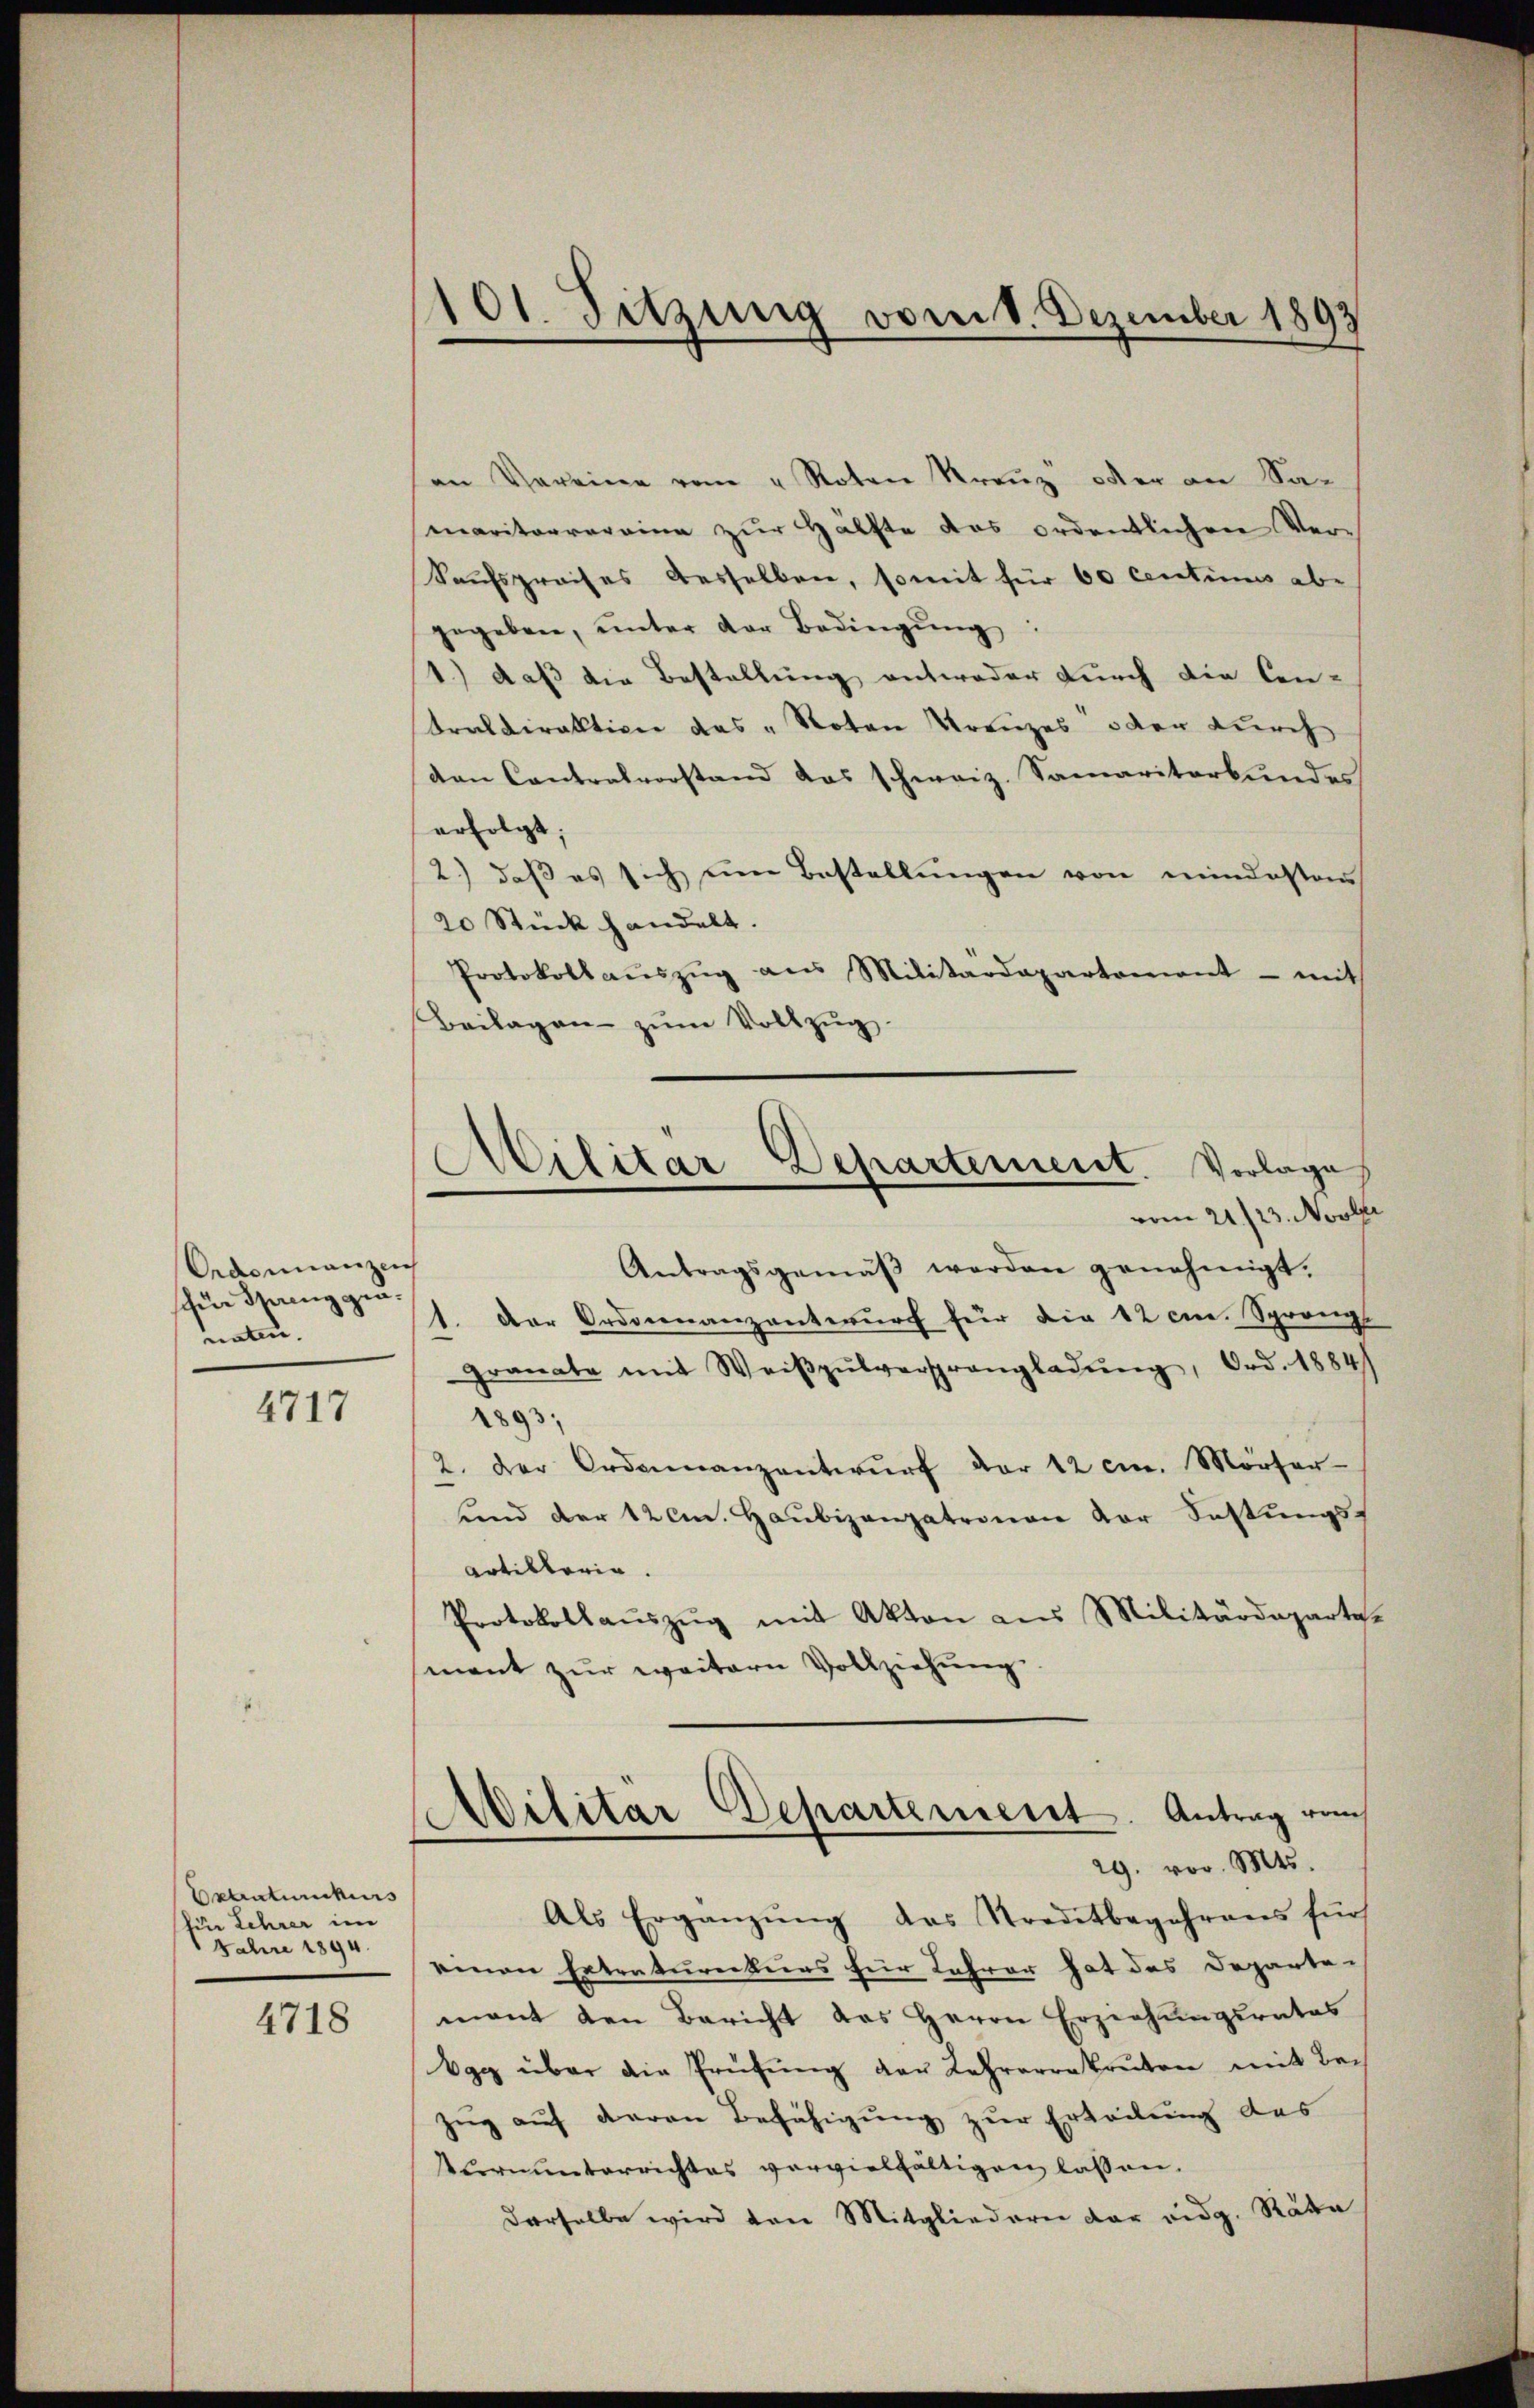
Ordonnanzen
für Spreng gen.
natur.

4717

Oetentums
fier Lehrer im
Jahre 1894.

4718

101. Sitzung vom 1. Dezember 1893

an Vereine vom 4. Noten Kreŭz oder an Samaritorrereine zŭr Hälfte das ordentlichen Ver-
Saufspreises desselben, somit für 60 centimes abe
gegeben, ŭnter der Bedingŭng:
1.) daß die Bestellung entweder durch die Cen-
traldirektion das „Noten Kreuzes oder durch
den Contralvorstand das schweiz. Samariterbundes
erfolgt;
2.) daβ es sich ŭm Bestellŭngen von mindesten
20 Stück handelt.
Protokollaŭszŭg aŭs Militärdepartement - mit
Beilagen zum Vollzug
.
Antragsgemäβ werden genehmigt.
1. Der Ordonnanzentwŭrf für die 12 cm. Sprang.
Granate mit Weiβpŭlversprangladŭng, Ord. 1884)
1893.
2. der Ordonnanzentwŭrf der 12 cm. Mörser
unnd der 12 cm. Haubizangetronen vor Festungs¬
Artiktoria.
Protokollaŭszŭg mit Akten aus Militärdeparte,
mant zŭr weitern Vollziehŭng.
Militar Departement. Antrag vom
29. vor. Mts.
Als Ergänzŭng des Kreditbegehrens für
emnen Extraturerkurs für Lehrer hat das Departe-
mant den Bericht das Herrn Erziehŭngsrates
Vgg über die Prüfŭng der Lehrerekruten mit Bei
zug auf daran Befähigung zur Erteilung des
Vernunterrichtes vervielfältigen lassen.
derselbe wird von Mitgliedern der eidg. Räte

Militar Departement. Vorlage
vom 21./23. Novb